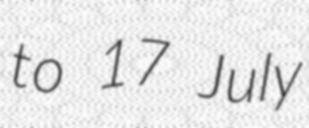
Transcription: to 17 July